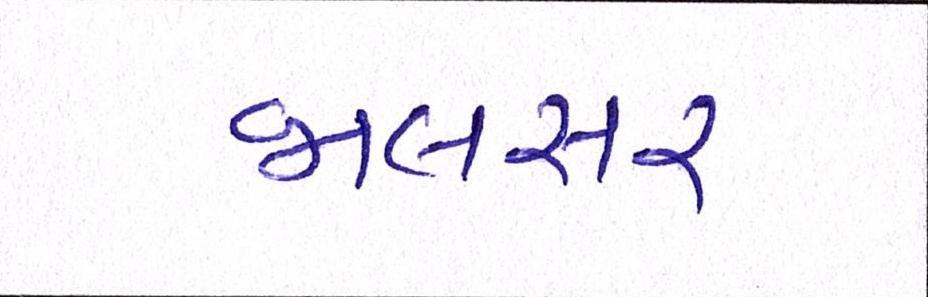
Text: જાલસર